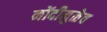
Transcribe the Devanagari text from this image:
नोंदीमुळेच